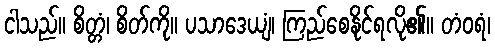
ငါသည်။ စိတ္တံ၊ စိတ်ကို။ ပသာဒေယျံ၊ ကြည်စေနိုင်ရလို၏။ တံဝရံ၊